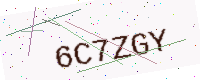
Text: 6C7ZGY